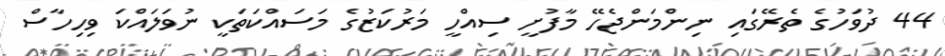
44 ދުވަހުގެ ތެރޭގައި ނިންމަންޖެހޭ މާފުށީ ސިއްހީ މަރުކަޒުގެ މަސައްކަތަކީ ނުވަލައްކަ ވިހިހާސް